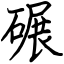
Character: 碾